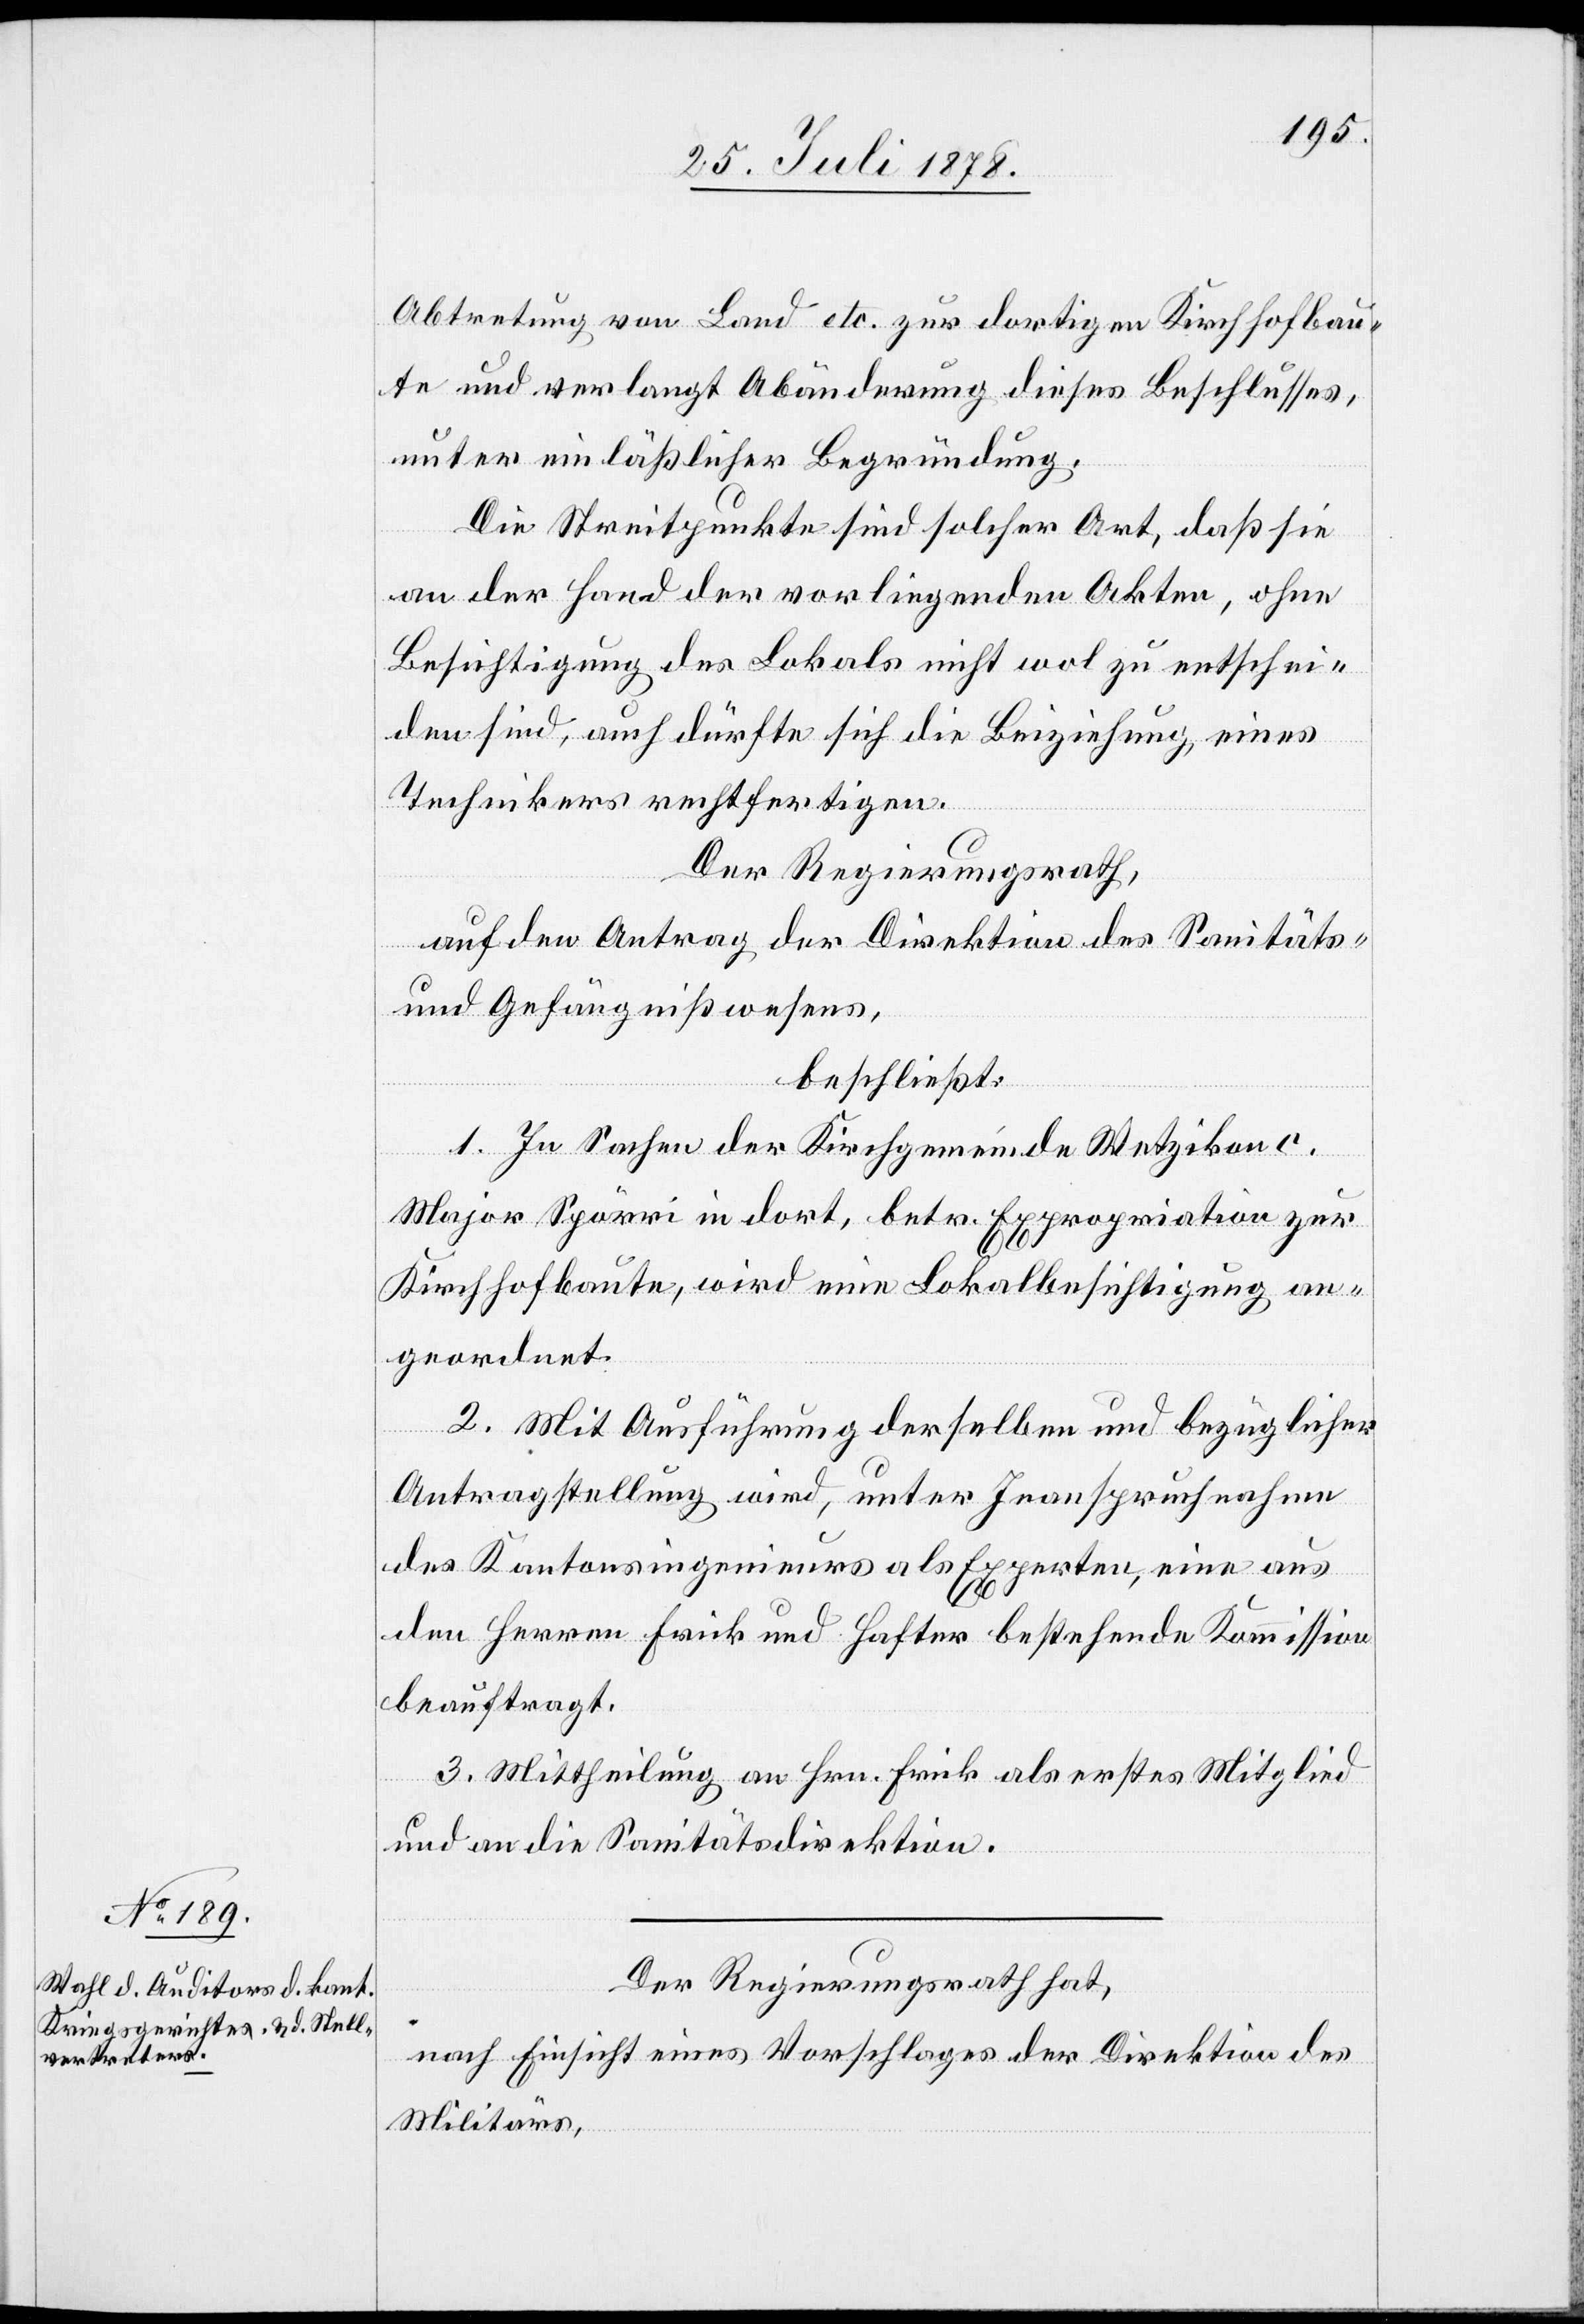
Abtretung von Land etc. zur dortigen Kirchhofbau¬
te und verlangt Abänderung dieses Beschlusses,
unter einlässlicher Begründung.
Die Streitpunkte sind solcher Art, daß sie
an der Hand der vorliegenden Akten, ohne
Besichtigung des Lokals nicht wol zu entschei¬
den sind, auch dürfte sich die Beiziehung, eines
Technikers rechtfertigen.
Der Regierungsrath,
auf den Antrag der Direktion des Sanitäts-
& Gefängnißwesens,
beschließt:
1. In Sachen der Kirchgemeinde Wetzikon c.
Major Spörri in dort, betr. Expropriation zur
Kirchhofbaute, wird eine Lokalbesichtigung an¬
geordnet.
2. Mit Ausführung derselben und bezüglicher
Antragstellung wird, unter Inanspruchnahme
des Kantonsingenieurs als Experten, eine aus
den Herren Frick und Hafter bestehende Kommission
beauftragt.
3. Mittheilung an Hrn. Frick als erstes Mitglied
und an die Sanitätsdirektion.
Der Regierungsrath hat,
nach Einsicht eines Vorschlages der Direktion des
Militärs,